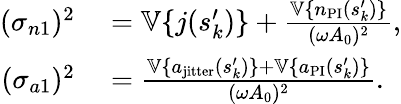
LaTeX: \begin{array}{rl}{(\sigma_{n1})^{2}}&{{}=\mathbb{V}\{ j(s_{k}^{\prime})\} +\frac{\mathbb{V}\{ n_{\mathrm{PI}}(s_{k}^{\prime})\} }{(\omega A_{0})^{2}},}\\ {(\sigma_{a1})^{2}}&{{}=\frac{\mathbb{V}\{ a_{\mathrm{jitter}}(s_{k}^{\prime})\} +\mathbb{V}\{ a_{\mathrm{PI}}(s_{k}^{\prime})\} }{(\omega A_{0})^{2}}.}\end{array}